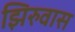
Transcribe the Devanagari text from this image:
झिरुवास